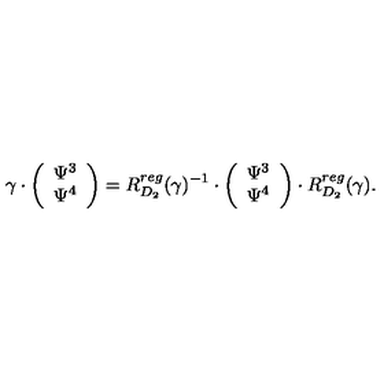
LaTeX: \gamma \cdot \left( \begin{array} { c c } { \Psi ^ { 3 } } \\ { \Psi ^ { 4 } } \\ \end{array} \right) = R _ { D _ { 2 } } ^ { r e g } ( \gamma ) ^ { - 1 } \cdot \left( \begin{array} { c c } { \Psi ^ { 3 } } \\ { \Psi ^ { 4 } } \\ \end{array} \right) \cdot R _ { D _ { 2 } } ^ { r e g } ( \gamma ) .